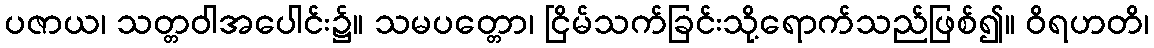
ပဇာယ၊ သတ္တဝါအပေါင်း၌။ သမပတ္တော၊ ငြိမ်သက်ခြင်းသို့ရောက်သည်ဖြစ်၍။ ဝိရဟတိ၊